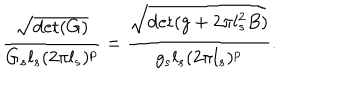
{ \frac { \sqrt { \det ( G ) } } { G _ { s } l _ { s } ( 2 \pi l _ { s } ) ^ { p } } } = { \frac { \sqrt { \det ( g + 2 \pi l _ { s } ^ { 2 } B ) } } { g _ { s } l _ { s } ( 2 \pi l _ { s } ) ^ { p } } } .